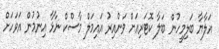
އަލާޔާ ބަލިމީހުން ބަލާ ކޮޓަރިއަށް ވަންއިރު އައިމަލް މާސްކް ނާޅާ އިނުމުން އަވަހަށް